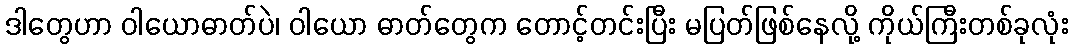
ဒါတွေဟာ ဝါယောဓာတ်ပဲ၊ ဝါယော ဓာတ်တွေက တောင့်တင်းပြီး မပြတ်ဖြစ်နေလို့ ကိုယ်ကြီးတစ်ခုလုံး